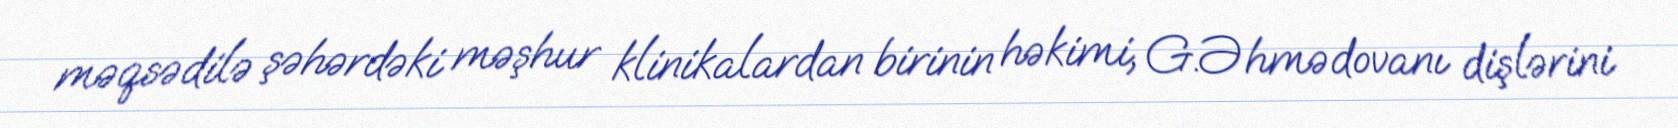
məqsədilə şəhərdəki məşhur klinikalardan birinin həkimi, G.Əhmədovanı dişlərini